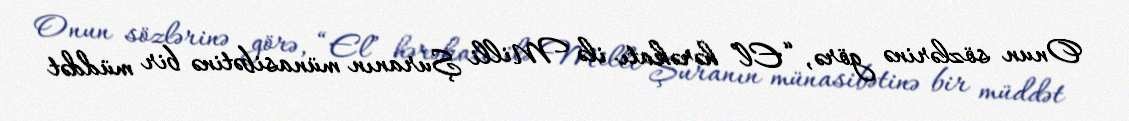
Onun sözlərinə görə, “El” hərəkatı ilə Milli Şuranın münasibətinə bir müddət